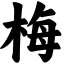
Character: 梅